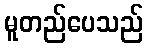
မူတည်ပေသည်